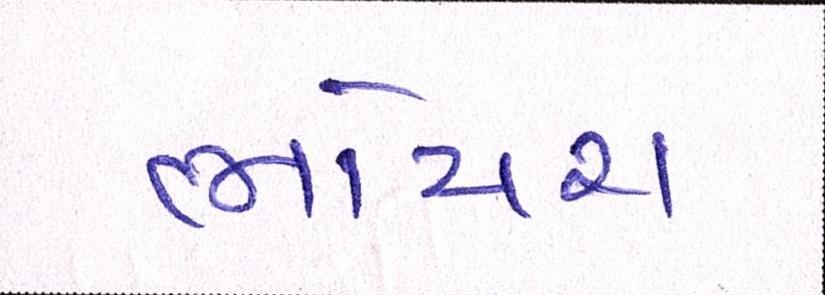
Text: ભોયરા